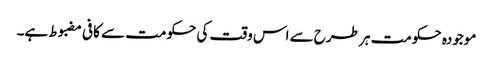
موجودہ حکومت ہر طرح سے اس وقت کی حکومت سے کافی مضبوط ہے۔